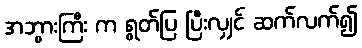
အဘွားကြီး က ရွတ်ပြ ပြီးလျှင် ဆက်လက်၍